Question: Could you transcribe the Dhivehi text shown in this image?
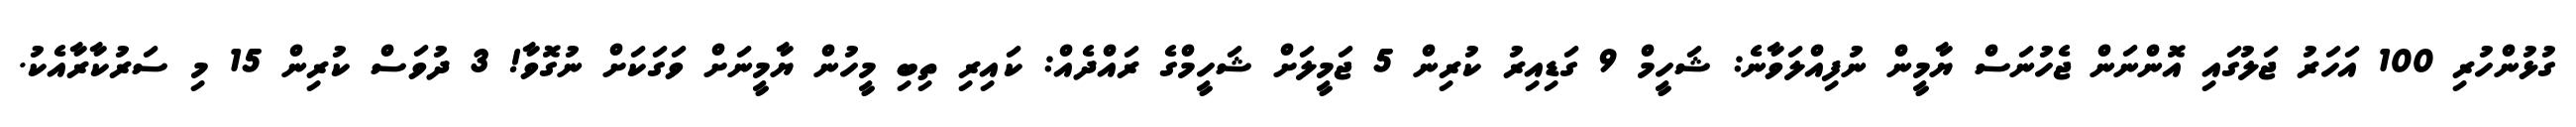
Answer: ގުޅުންހުރި 100 އަހަރު ޖަލުގައި އޮންނަން ޖެހުނަސް ޔާމީން ނުފިއްލަވާނެ: ޝަހީމް 9 ގަޑިއިރު ކުރިން 5 ޖަމީލަށް ޝަހީމްގެ ރައްދެއް: ކައިރި ތިބި މީހުން ޔާމީނަށް ވަގަކަށް ނުގޮވާ! 3 ދުވަސް ކުރިން 15 މި ސަރުކާރާއެކު.